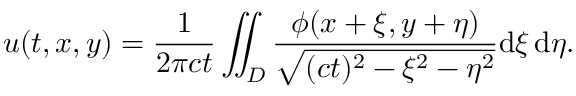
u ( t , x , y ) = { \frac { 1 } { 2 \pi c t } } \iint _ { D } { \frac { \phi ( x + \xi , y + \eta ) } { \sqrt { ( c t ) ^ { 2 } - \xi ^ { 2 } - \eta ^ { 2 } } } } \mathrm { d } \xi \, \mathrm { d } \eta .